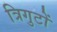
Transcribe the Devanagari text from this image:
त्रिगुटों